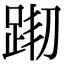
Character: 𨀦